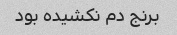
برنج دم نکشیده بود